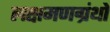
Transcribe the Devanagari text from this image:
लक्षमणग्रंथों